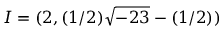
I = ( 2 , ( 1 / 2 ) { \sqrt { - 2 3 } } - ( 1 / 2 ) )